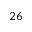
2 6